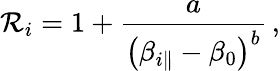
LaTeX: \mathcal{R}_{i}=1+\frac{a}{\left(\beta_{i\parallel}-\beta_{0}\right)^{b}}\, ,